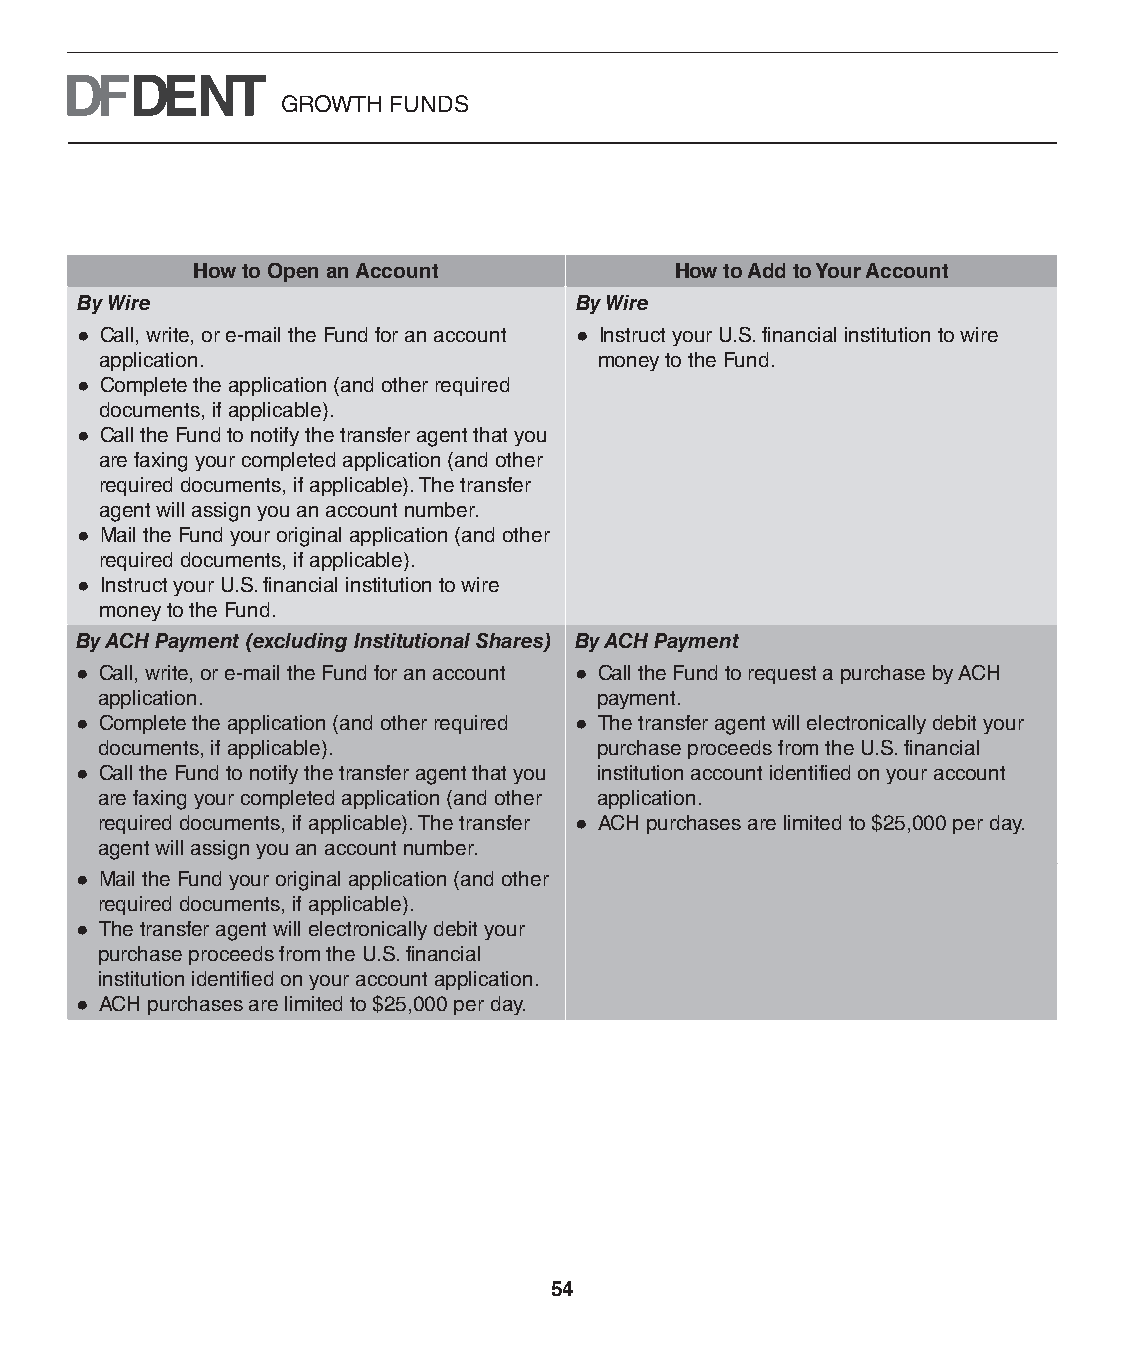
GROWTH FUNDS
 How to Open an Account          How to Add to Your Account
 By Wire                          By Wire
 ● Call, write, or e-mail the Fund for an account ● Instruct your U.S. financial institution to wire
 application.                     money to the Fund.
 ● Complete the application (and other required
 documents, if applicable).
 ● Call the Fund to notify the transfer agent that you
 are faxing your completed application (and other
 required documents, if applicable). The transfer
 agent will assign you an account number.
 ● Mail the Fund your original application (and other
 required documents, if applicable).
 ● Instruct your U.S. financial institution to wire
 money to the Fund.
 By ACH Payment (excluding Institutional Shares) By ACH Payment
 ● Call, write, or e-mail the Fund for an account ● Call the Fund to request a purchase by ACH
 application.                     payment.
 ● Complete the application (and other required ● The transfer agent will electronically debit your
 documents, if applicable).       purchase proceeds from the U.S. financial
 ● Call the Fund to notify the transfer agent that you institution account identified on your account
 are faxing your completed application (and other application.
 required documents, if applicable). The transfer ● ACH purchases are limited to $25,000 per day.
 agent will assign you an account number.
 ● Mail the Fund your original application (and other
 required documents, if applicable).
 ● The transfer agent will electronically debit your
 purchase proceeds from the U.S. financial
 institution identified on your account application.
 ● ACH purchases are limited to $25,000 per day.
 54